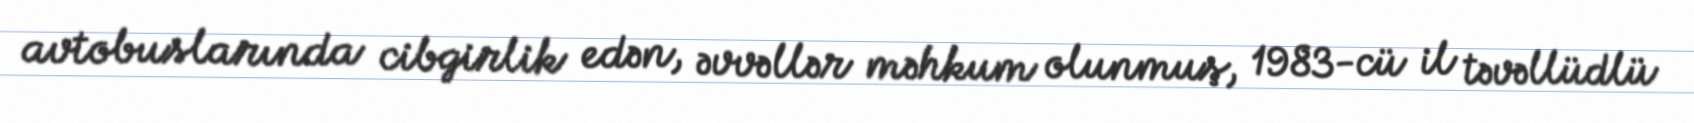
avtobuslarında cibgirlik edən, əvvəllər məhkum olunmuş, 1983-cü il təvəllüdlü